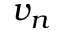
v _ { n }